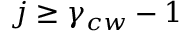
j \geq \gamma _ { c w } - 1